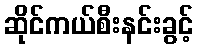
ဆိုင်ကယ်စီးနင်းခွင့်